Civil Veterinary Dept. North-West Frontier Province 1923-32 - 1923-1932
Year: 1923
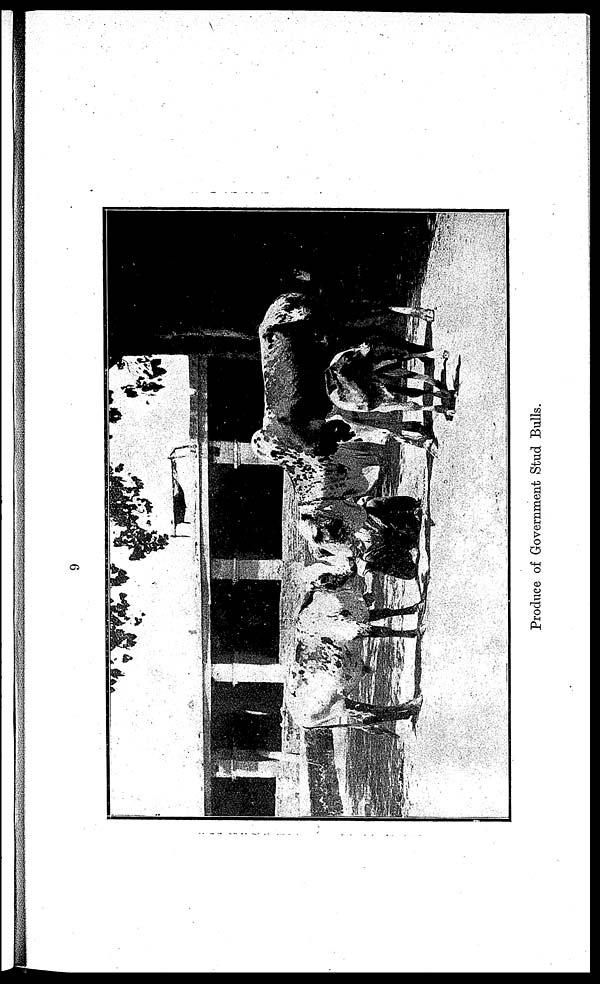
9
Produce of Government Stud Bulls.